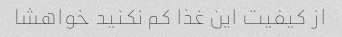
از کیفیت این غذا کم نکنید خواهشا